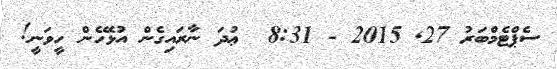
ސެޕްޓެމްބަރު 27